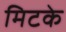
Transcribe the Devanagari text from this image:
मिटके